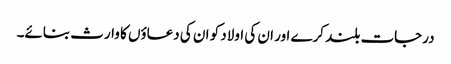
درجات بلند کرے اور ان کی اولاد کو ان کی دعاؤں کا وارث بنائے۔